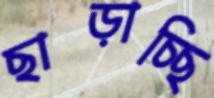
ছাড়াচ্ছি